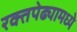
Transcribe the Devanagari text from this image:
रक्तपेढ्यामध्ये